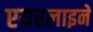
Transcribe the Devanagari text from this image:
एयरलाइने